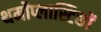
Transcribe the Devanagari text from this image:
थर्मोप्लास्टिकों